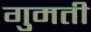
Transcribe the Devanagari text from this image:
गुमती